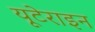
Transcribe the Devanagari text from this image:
यूटेराइन